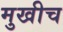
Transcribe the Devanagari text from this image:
मुखीच